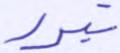
تبور